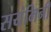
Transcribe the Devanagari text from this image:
सयंमिनी